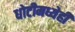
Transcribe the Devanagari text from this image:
धोटीमध्येही